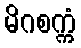
မိဂစက္ကံ